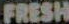
FRESH